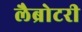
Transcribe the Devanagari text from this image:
लैब्रोटरी